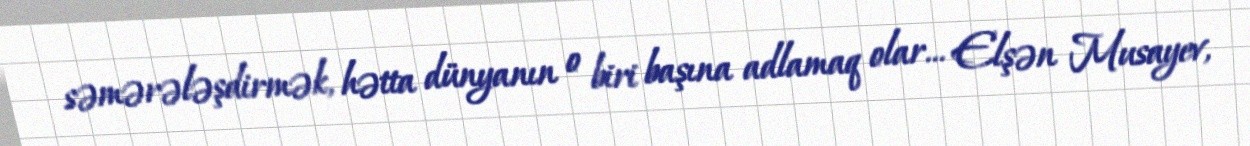
səmərələşdirmək, hətta dünyanın o biri başına adlamaq olar... Elşən Musayev,